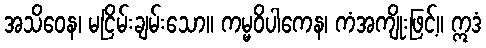
အသိဝေန၊ မငြိမ်းချမ်းသော။ ကမ္မဝိပါကေန၊ ကံအကျိုးဖြင့်။ ဣဒံ